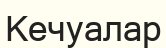
Кечуалар